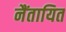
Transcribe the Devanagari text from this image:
नैंतायित